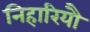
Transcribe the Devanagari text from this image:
निहारियौ